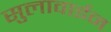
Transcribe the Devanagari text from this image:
सुलावाईन